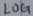
Text: LOG